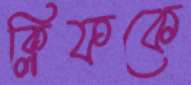
ক্লিফকে